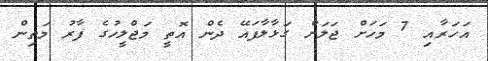
އަހަރާއި 7 މަހަށް ޖަލަށް ގަޅާލާފައޭ ދެން އޮތީ މަޖްލީހުގެ ފާރު މަތިން